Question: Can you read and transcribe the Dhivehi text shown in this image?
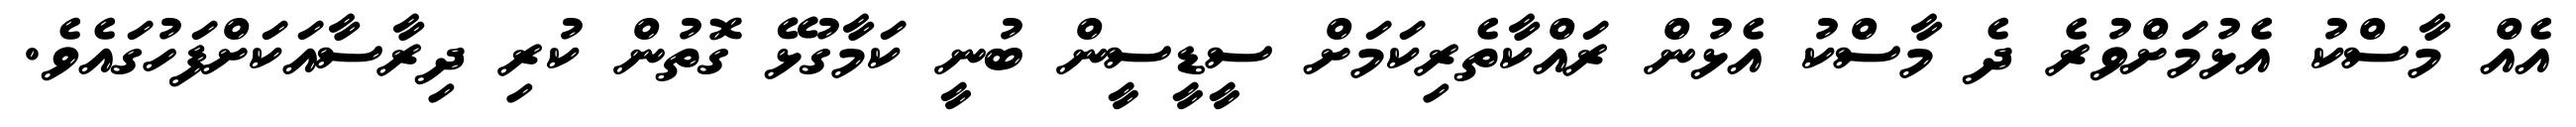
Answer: އެއް މާސްކު އެޅުމަށްވުރެ ދެ މާސްކު އެޅުން ރައްކާތެރިކަމަށް ސީޑީސީން ބުނީ ކަމާގުޅޭ ގޮތުން ކުރި ދިރާސާއަކަށްފަހުގައެވެ.